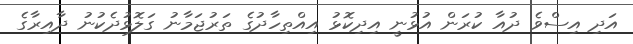
އަދި އިސްވެ ދުއާ ކުރަން އުޅުނީ އިދިކޮޅު އިއްތިހާދުގެ ތަރުޖަމާނު ގަލޮޅުދެކުނު ދާއިރާގެ